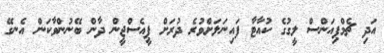
އަދި ޗެމްޕިއަންސް ލީގުގެ ކުއާޓާ ފައިނަލަށްވުރެ ދުރަށް ޕީއެސްޖީން ދާން ބޭނުންވާކަން އެނގޭ